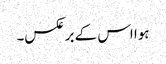
ہوا اس کے برعکس۔